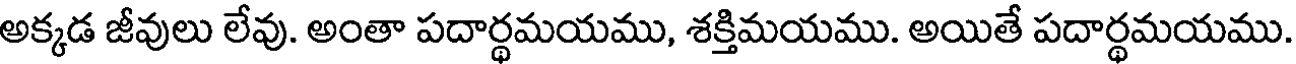
అక్కడ జీవులు లేవు. అంతా పదార్థమయము, శక్తిమయము. అయితే పదార్థమయము.